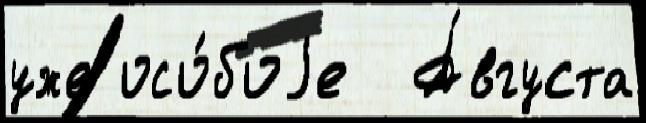
уже осо́боjе  А́вгуста